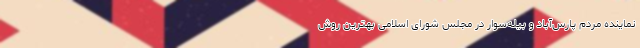
نماینده مردم پارس‌آباد و بیله‌سوار در مجلس شورای اسلامی بهترین روش